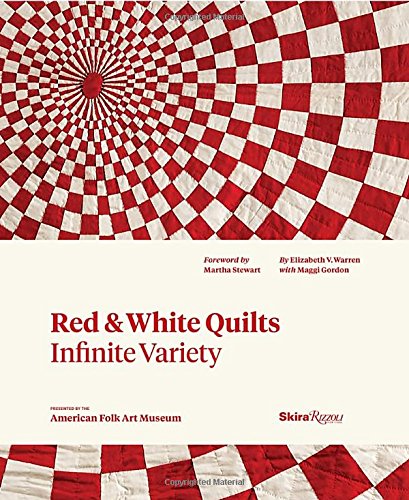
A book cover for Red and White Quilts: Infinite Variety: Presented by The American Folk Art Museum; Elizabeth Warren; Crafts, Hobbies & Home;